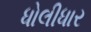
ધોલીધાર